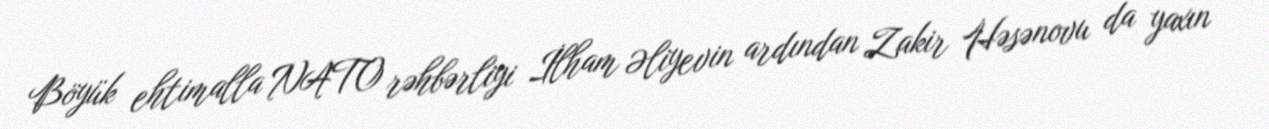
Böyük ehtimalla NATO rəhbərliyi İlham Əliyevin ardından Zakir Həsənovu da yaxın